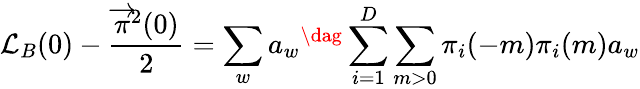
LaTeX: \mathcal{L}_{B}(0)-\frac{{{\overrightarrow{{\pi}}}^{2}(0)}}{{2}}=\sum_{w}a_{w}{}^{\dag}\sum_{i=1}^{D}\sum_{m>0}\pi_{i}(-m)\pi_{i}(m)a_{w}